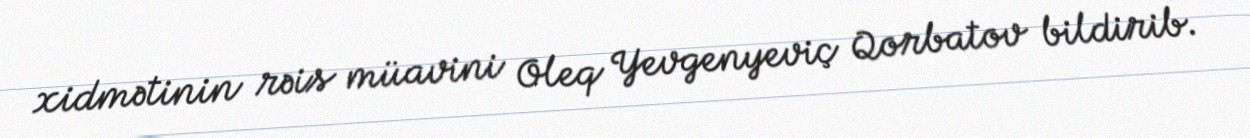
xidmətinin rəis müavini Oleq Yevgenyeviç Qorbatov bildirib.